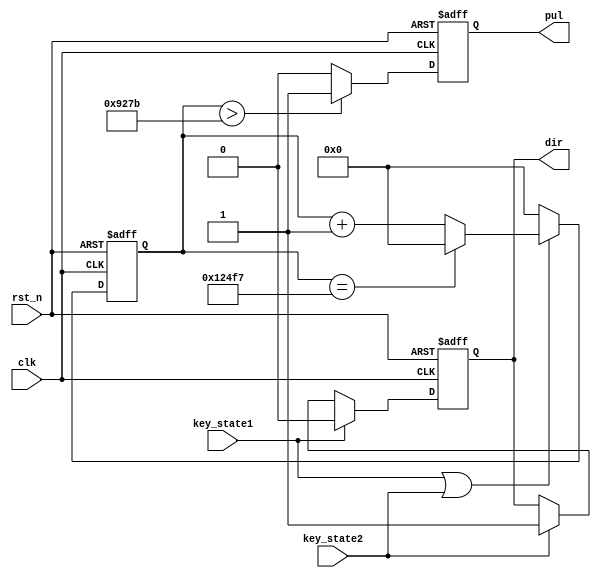
module bujindianji1( clk,
	rst_n,
	key_state1,
	key_state2,
	pul,
	dir
    );

input clk;
input rst_n;
input key_state1;
input key_state2;
output reg pul;
output reg dir;

localparam delay_cnt = 75000;
reg [17:0]cnt;
reg state;
reg next_state;


always @(posedge clk or negedge rst_n)
    if(!rst_n)
	    cnt <= 0;
	else if(key_state1 | key_state2)
        if(cnt == delay_cnt - 1)
	        cnt <= 0;
	    else 
	        cnt <= cnt + 1'b1;
	else 
	    cnt <= 0;
		
always @(posedge clk or negedge rst_n)
    if(!rst_n)
        pul <= 0;	
	else if(cnt > delay_cnt / 2 - 1)
        pul <= 1;	
	else 
	    pul <= 0;
		
always @(posedge clk or negedge rst_n)
    if(!rst_n)
	    dir <= 0;
	else if(key_state1)
	    dir <= 0;
	else if(key_state2)
	    dir <= 1;
	else 
	    dir <= dir;

endmodule